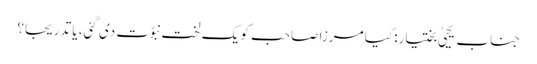
جناب یحییٰ بختیار: کیا مرزا صاحب کو یک لخت نبوّت دی گئی، یا تدریجاً؟